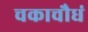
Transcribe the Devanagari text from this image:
चकाचौधं